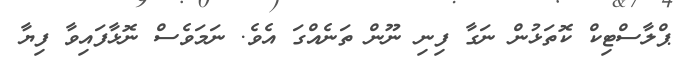
ޕްލާސްޓިކް ކޮތަޅުން ނަގާ ފިނި ނޫން ތަނެއްގަ އެވެ. ނަމަވެސް ނޮޅާފައިވާ ފިޔާ